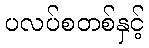
ပလပ်စတစ်နှင့်